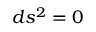
d s ^ { 2 } = 0